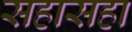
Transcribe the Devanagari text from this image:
सहासहा